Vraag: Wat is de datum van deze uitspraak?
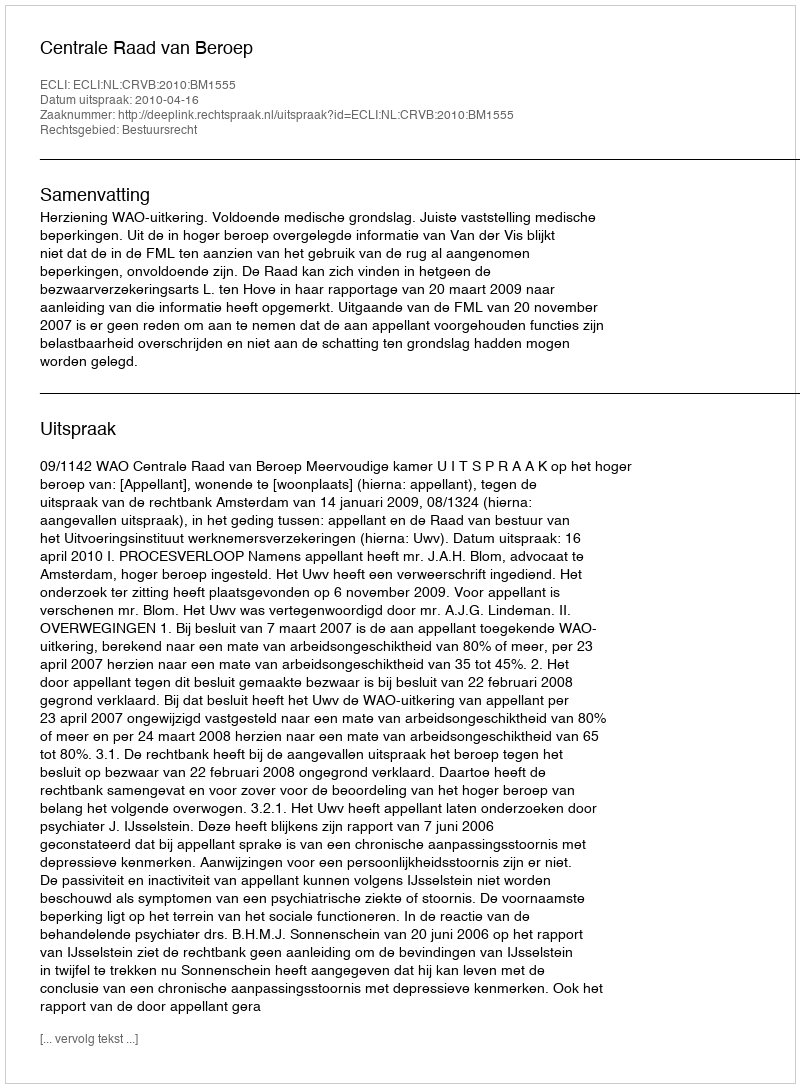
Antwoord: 2010-04-16